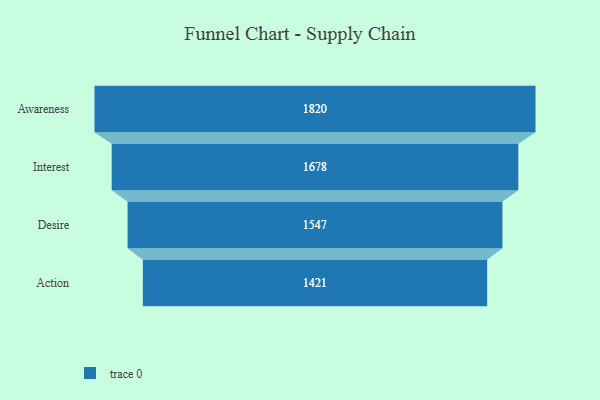
{"axis": {"x": "Stage", "y": "Value"}, "legend": [""], "data": [{"x": "Awareness", "y": 1820.0, "type": ""}, {"x": "Interest", "y": 1678.0, "type": ""}, {"x": "Desire", "y": 1547.0, "type": ""}, {"x": "Action", "y": 1421.0, "type": ""}]}